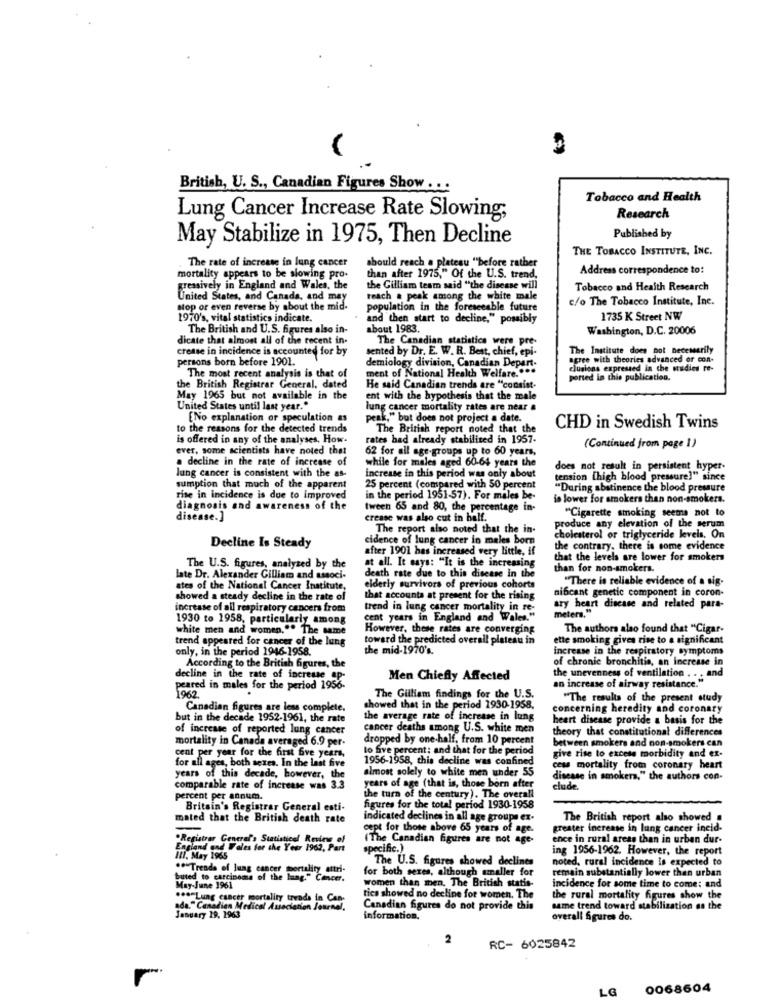
British, U. S ., Canadian Figures Show . . .
Tobacco and Health
Lung Cancer Increase Rate Slowing;
Research
May Stabilize in 1975, Then Decline
Published by
THE TOBACCO INSTITUTE, INC.
should reach a plateau "before rather
The rate of increase in lung cancer
Address correspondence to:
mortality appears to be slowing pro-
than after 1975," Of the U.S. trend,
gressively in England and Wales, the
the Gilliam team said "the disease will
Tobacco and Health Research
United States, and Canada, and may
teach a peak among the white male
c/o The Tobacco Institute, Inc.
sop or even reverse by about the mid-
population in the foreseeable future
1970's, vital statistics indicate.
and then start to decline," possibly
1735 K Street NW
The British and U.S. figures also in-
about 1983.
Washington, D.C. 20006
dicate that almost all of the recent in-
The Canadian statistics were pre-
crease in incidence is accounted for by
sented by Dr. E. W. R. Best, chief, epi-
The Institute does not necessarily
persons born before 1901.
demiology division, Canadian Depart-
agree with theories advanced or con-
ment of National Health Welfare ....
The most recent analysis is that of
ported in this publication.
the British Registrar General, dated
He said Canadian trends are "consist-
May 1965 but not available in the
ent with the hypothesis that the male
United States until last year."
lung cancer mortality rates are near a
ENo explanation or speculation as
peak," but does not project a date.
to the reasons for the detected trends
The British report noted that the
CHD in Swedish Twins
is offered in any of the analyses, How.
rates had already stabilized in 1957.
ever, some scientists have noted that
62 for all age-groups up to 60 years,
(Continued from page 1)
a decline in the rate of increase of
while for males aged 60-64 years the
does not result in persistent hyper-
lung cancer is consistent with the as-
increase in this period was only about
tension [high blood pressure]" since
sumption that much of the apparent
25 percent (compared with 50 percent
"During abstinence the blood pressure
rise in incidence is due to improved
in the period 1951-57). For males be-
is lower for smokers than non-smokers.
diagnosis and awareness of the
tween 65 and 80, the percentage in-
"Cigarette smoking seems not to
disease.]
crease was also cut in half.
produce any elevation of the serum
The report also noted that the in-
cidence of lung cancer in males born
cholesterol or triglyceride levels, On
Deeline Is Steady
after 1901 has increased very little, if
the contrary, there is some evidence
at all. It esys: "It is the increasing
that the levels are lower for smokers
The U.S. figures, analysed by the
than for non-smokers.
late Dr. Alexander Gilliam and associ-
death rate due to this disease in the
"There is reliable evidence of a sig-
ates of the National Cancer Institute,
elderly survivors of previous cohorts
nibcant genetic component in coron-
showed a steady decline in the rate of
that accounts at present for the rising
increase of all respiratory cancers from
trend in lung cancer mortality in re-
ary heart disease and related para-
1930 to 1958, particularly among
cent years in England and Wales."
meters.
white men and women."" The same
However, these rates are converging
The authors also found that "Cigar-
trend appeared for cancer of the lung
toward the predicted overall plateau in
ette smoking gives rise to a significant
only, in the period 1946-1958.
the mid-1970's.
increase in the respiratory symptoms
of chronic bronchitis, an increase in
According to the British figures, the
decline in the rate of increase ap-
Men Chiefly Affected
the unevenness of ventilation . . . and
peared in males for the period 1956-
an increase of airway resistance."
The Gilliam findings for the U.S.
"The results of the present study
Canadian figures are less complete.
showed that in the period 1930-1958.
concerning heredity and coronary
but in the decade 1952-1961, the rate
the average rate of increase in lung
heart disease provide a basis for the
of increase of reported lung cancer
cancer deaths among U.S. white men
theory that constitutional differences
mortality in Canada averaged 6.9 per-
dropped by one-half, from 10 percent
between smokers and non-smokers can
lo five percent: and that for the period
cent per year for the first five years,
for all ages, both sexes. In the last five
1956-1958, this decline was confined
give rise to excess morbidity and ex-
almost solely to white men under 55
cews mortality from coronary heart
years of this decade, however, the
disease in smokers," the authors con-
comparable rate of increase was 3.3
years of age (that is, those born after
club
percent per annum.
the turn of the century). The overall
Britain's Registrar General esti-
figures for the total period 1930-1958
mated that the British death rate
indicated declines in all age groups ex-
The British report also showed .
cept for those above 65 years of age.
greater increase in lung cancer incid-
"Registrar General's Statisticel Revins of
(The Canadian figures are not age-
ence in rural areas than in urban dur-
England and Fales for the Year 1962, Part
specific.)
ing 1956-1962. However, the report
I11, May 1965
The U.S. figures showed declines
noted, rural incidence Is expected to
.* Treads of lung cancer mortality attri-
for both sexes, although smaller for
remain substantially lower than urban
buted to carcinoma of the lang." Cancer.
women than men. The British statis-
May-June 1961
incidence for some time to come; and
...- Lung cancer mortality trends in Can-
tica showed no decline for women. The
the rural mortality figures show the
ada." Canadian Medical Association Journal,
Canadian figures do not provide this
same trend toward stabilization as the
January 19. 1963
information.
overall figures do.
2
RC- 6025842
LG
0068604